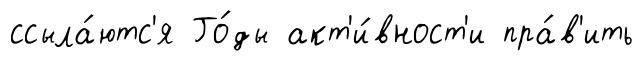
ссыла́ютс'я Го́ды акт'и́вност'и пра́в'ить